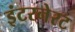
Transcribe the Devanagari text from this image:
इंटरनेरट